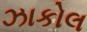
ઝાકોલ